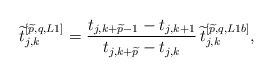
\begin{align*}\widetilde{t}_{j,k}^{\left[\widetilde{p},q,L1\right]} ={t_{j,k+\widetilde{p}-1}-t_{j,k+1} \over t_{j,k+\widetilde{p}}-t_{j,k}}\,\widetilde{t}_{j,k}^{\left[\widetilde{p},q,L1b\right]},\end{align*}